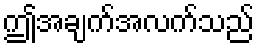
ဤအချက်အလက်သည်